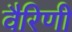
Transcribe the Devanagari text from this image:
वैरिणी